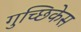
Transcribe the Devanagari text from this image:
गुच्छिकेस